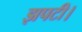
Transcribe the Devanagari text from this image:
झपटी।